Annual report of the Central Committee of the Association together with the report of the directors of the Pasteur Institute at Kasauli
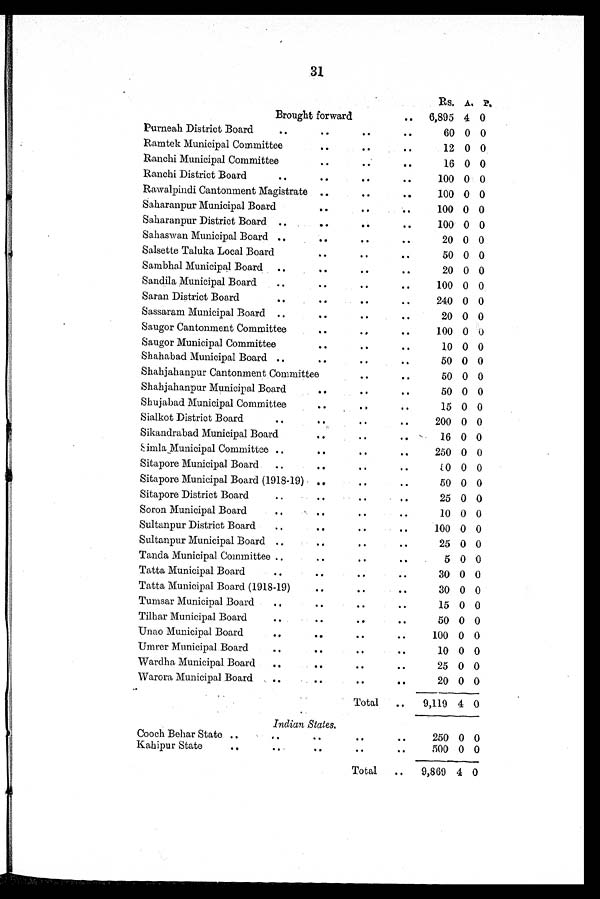
Rs. A. P.
Brought forward
.. 6,895 4 0
Purneah District Board ..
. .
..
. .
60 0 0
Ramtek Municipal Committee
. .
..
..
12 0 0
Ranchi Municipal Committee
. .
..
..
16 0 0
Ranchi District Board
..
..
..
..
100 0 0
Rawalpindi Cantonment Magistrate ..
..
..
100 0 0
Saharanpur Municipal Board
. . ..
..
100 0 0
Saharanpur District Board ..
. . ..
..
100 0 0
Sahaswan Municipal Board ..
. . ..
..
20 0 0
Salsette Taluka Local Board
..
..
..
50 0 0
Sambhal Municipal Board ..
. .
..
. .
20 0 0
Sandila Municipal Board
..
. . ..
. .
100 0 0
Saran District Board
..
. .
..
. .
240 0 0
Sassararn Municipal Board ..
. . ..
..
20 0 0
Saugor Cantonment Committee
. .
..
. .
100 0 0
Saugor Municipal Committee
. . ..
..
10 0 0
Shahabad Municipal Board ..
. .
..
..
50 0 0
Shahjahanpur Cantonment Committee
..
. .
50 0 0
Shahjahanpur Municipal Board
. .
..
..
50 0 0
Shujabad Municipal Committee
. . ..
. .
15 0 0
Sialkot District Board
..
. .
..
..
200 0 0
Sikandrabad Municipal Board
..
..
..
16 0 0
Simla Municipal Committee ..
. . ..
. .
250 0 0
Sitapore Municipal Board ..
. .
..
..
1 2 0 0 0
Sitapore Municipal Board (1918-19) ..
..
..
50 0 0
Sitapore District Board
..
. .
..
. .
25 0 0
Soron Municipal Board
...
. . ..
. .
10 0 0
Sultanpur District Board
..
. . ..
. .
100 0 0
Sultanpur Municipal Board ..
. .
..
..
25 0 0
Tanda Municipal Committee ..
..
..
. .
5 0 0
Tatta Municipal Board
..
..
..
. .
30 0 0
Tatta Municipal Board (1918-19)
..
..
. .
30 0 0
Tumsar Municipal Board
..
..
..
..
15 0 0
Tilbar Municipal Board ..
..
..
..
50 0 0
Unao Municipal Board
..
. . ..
. .
100 0 0
Umrer Municipal Board ..
..
..
. .
10 0 0
Wardha Municipal Board
..
. . ..
. .
25 0 0
Warora Municipal Board
..
..
..
. .
20 0 0
Total ..
9,119 4 0
Indian States.
Cooch Behar State ..
..
. .
..
. .
250 0 0
Kahipur State
..
..
. . ..
. .
500 0 0
Total
..
9,869 4 0